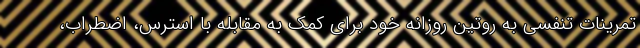
تمرینات تنفسی به روتین روزانه خود برای کمک به مقابله با استرس، اضطراب،